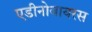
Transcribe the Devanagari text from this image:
एडीनोवायरस